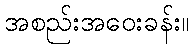
အစည်းအဝေးခန်း။